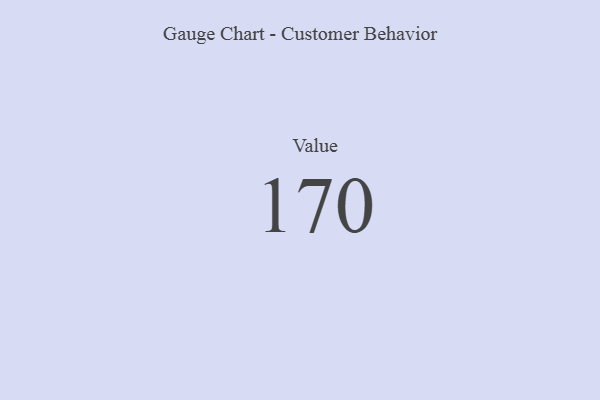
{"axis": {"x": "Metric", "y": "Value"}, "legend": [""], "data": [{"x": "Value", "y": 170, "type": ""}]}